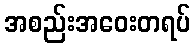
အစည်းအဝေးတရပ်